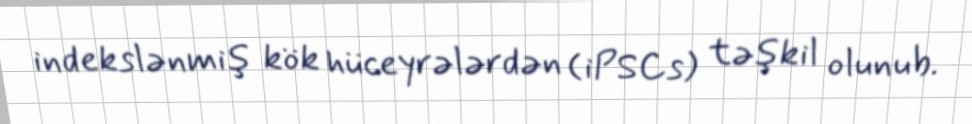
indekslənmiş kök hüceyrələrdən (iPSCs) təşkil olunub.